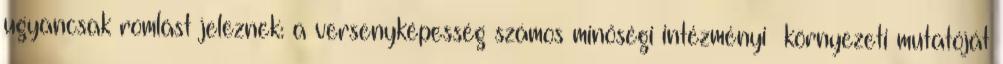
ugyancsak romlást jeleznek: a versenyképesség számos minőségi intézményi környezeti mutatóját